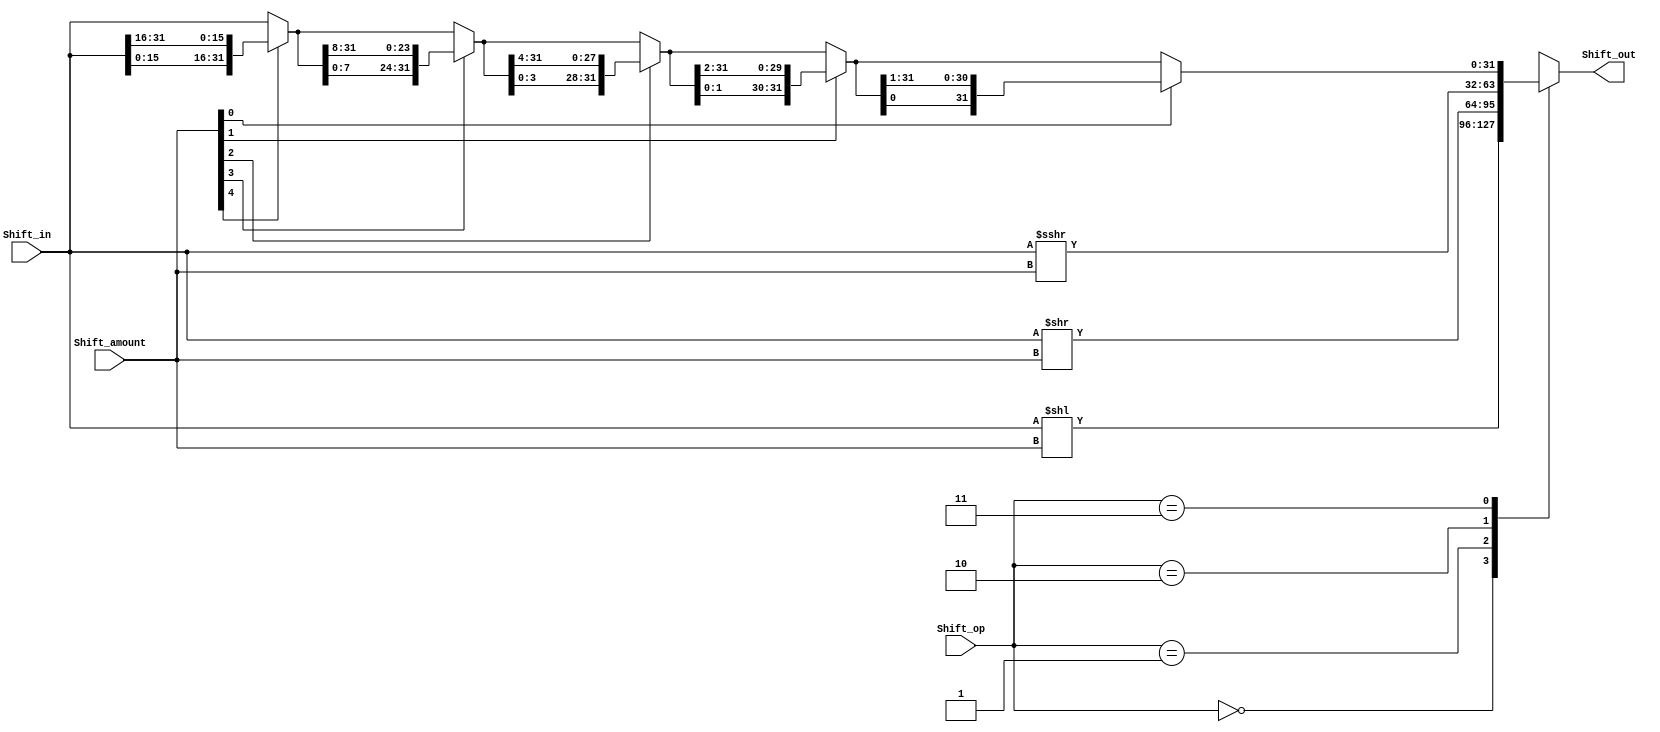
`timescale 1ns / 1ps
//////////////////////////////////////////////////////////////////////////////////
// Company: NJU_CS_COD_2015
// 
// Design Name:barrel shifter 
// Module Name: barrel shifter
// Project Name: pipeline cpu
// Target Devices: xc7a100tcsg324-1
// Tool Versions: 0.0
// Description: barrel shifter
// 
// Dependencies: none
// 
// Revision:
// Revision 0.01 - File Created
// Additional Comments:
// 
//////////////////////////////////////////////////////////////////////////////////


module barrel_shifter
#(parameter lo_l = 0 , parameter lo_r = 1 , parameter al_r = 2 , parameter ci_r = 3)
(
	input [31:0] Shift_in,
	input [4:0] Shift_amount,
	input [1:0] Shift_op,
	output reg [31:0] Shift_out	
);
	reg [31:0] inter1;
	reg [31:0] inter2;
    	always@(*)
    	begin
    	   inter1 = 32'h0;
    	   inter2 = 32'h0;
    		Shift_out = Shift_in;
		case(Shift_op)
	 	lo_l: Shift_out = Shift_in << Shift_amount;
		lo_r: Shift_out = Shift_in >> Shift_amount;
		al_r: Shift_out = $signed(Shift_in) >>> Shift_amount;
		ci_r: begin 
			if(Shift_amount[4] == 1'b1) Shift_out = {Shift_out[15:0] , Shift_out[31:16]};
			if(Shift_amount[3] == 1'b1) Shift_out = {Shift_out[7:0] , Shift_out[31:8]};
			if(Shift_amount[2] == 1'b1) Shift_out = {Shift_out[3:0] , Shift_out[31:4]};
			if(Shift_amount[1] == 1'b1) Shift_out = {Shift_out[1:0] , Shift_out[31:2]};
			if(Shift_amount[0] == 1'b1) Shift_out = {Shift_out[0] , Shift_out[31:1]};
			
			end
		endcase
	end

endmodule